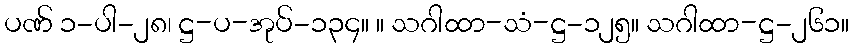
ပဏ် ၁-ပါ-၂၈၊ ဋ္ဌ-ပ-အုပ်-၁၃၄။ ။ သဂါထာ-သံ-ဋ္ဌ-၁၂၅။ သဂါထာ-ဋ္ဌ-၂၆၁။